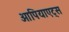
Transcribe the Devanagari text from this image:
ओपियाएट्स